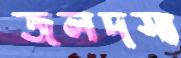
জলদস্য